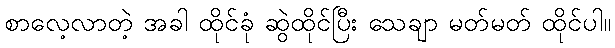
စာလေ့လာတဲ့ အခါ ထိုင်ခုံ ဆွဲထိုင်ပြီး သေချာ မတ်မတ် ထိုင်ပါ။